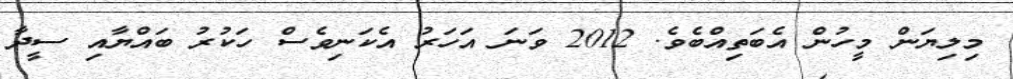
މިލިޔަން މީހުން އެބަތިއްބެވެ. 2012 ވަނަ އަހަރު އެކަނިވެސް ހަކުރު ބައްޔާއި ސީދާ